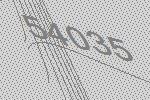
54035